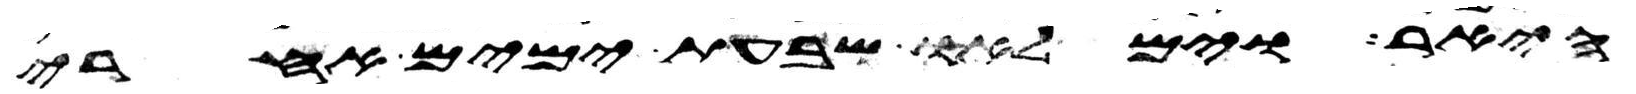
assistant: היאר וימלאו שבעת ימים אחרי